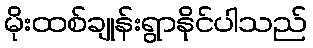
မိုးထစ်ချုန်းရွာနိုင်ပါသည်